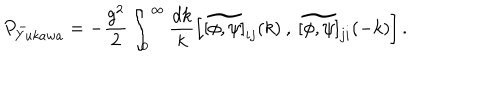
P _ { Y u k a w a } ^ { - } = - \frac { g ^ { 2 } } { 2 } \int _ { 0 } ^ { \infty } \frac { d k } { k } \left[ \widetilde { [ \phi , \psi ] } _ { i j } ( k ) \: , \: \widetilde { [ \phi , \psi ] } _ { j i } ( - k ) \right] .